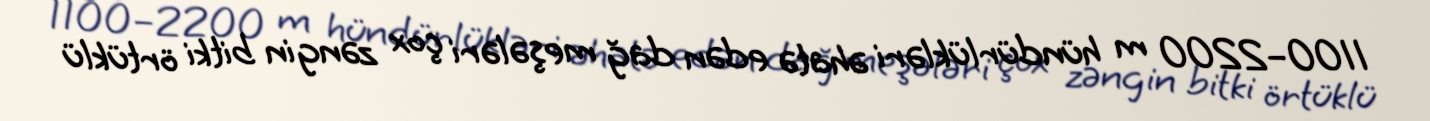
1100–2200 m hündürlükləri əhatə edən dağ meşələri çox zəngin bitki örtüklü